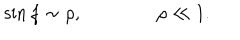
LaTeX: \sin f \sim \rho , \qquad \qquad \rho \ll 1 .